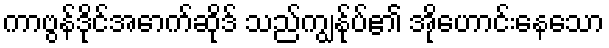
ကာဗွန်ဒိုင်အောက်ဆိုဒ် သည်ကျွန်ုပ်၏ အိုဟောင်းနေသော